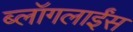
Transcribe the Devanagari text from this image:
ब्लॉगलाईंस